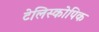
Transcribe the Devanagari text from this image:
टेलिस्कोपिक